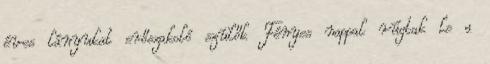
éves lányukat erőszakoló szülők Fényes nappal rúgtak le a